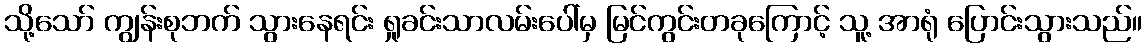
သို့သော် ကျွန်းစုဘက် သွားနေရင်း ရှုခင်းသာလမ်းပေါ်မှ မြင်ကွင်းတခုကြောင့် သူ့ အာရုံ ပြောင်းသွားသည်။